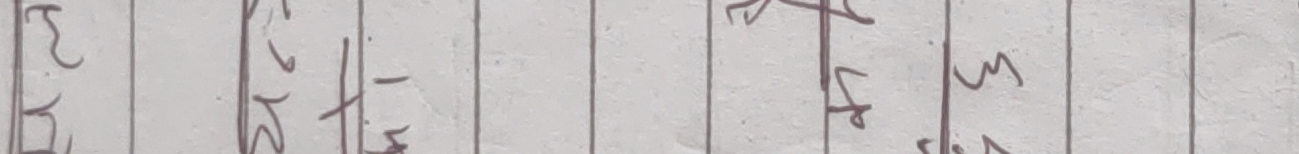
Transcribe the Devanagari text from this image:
र घ ट छ फ
ब ढ ठ झ त
द भ ड - य स